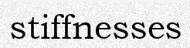
stiffnesses